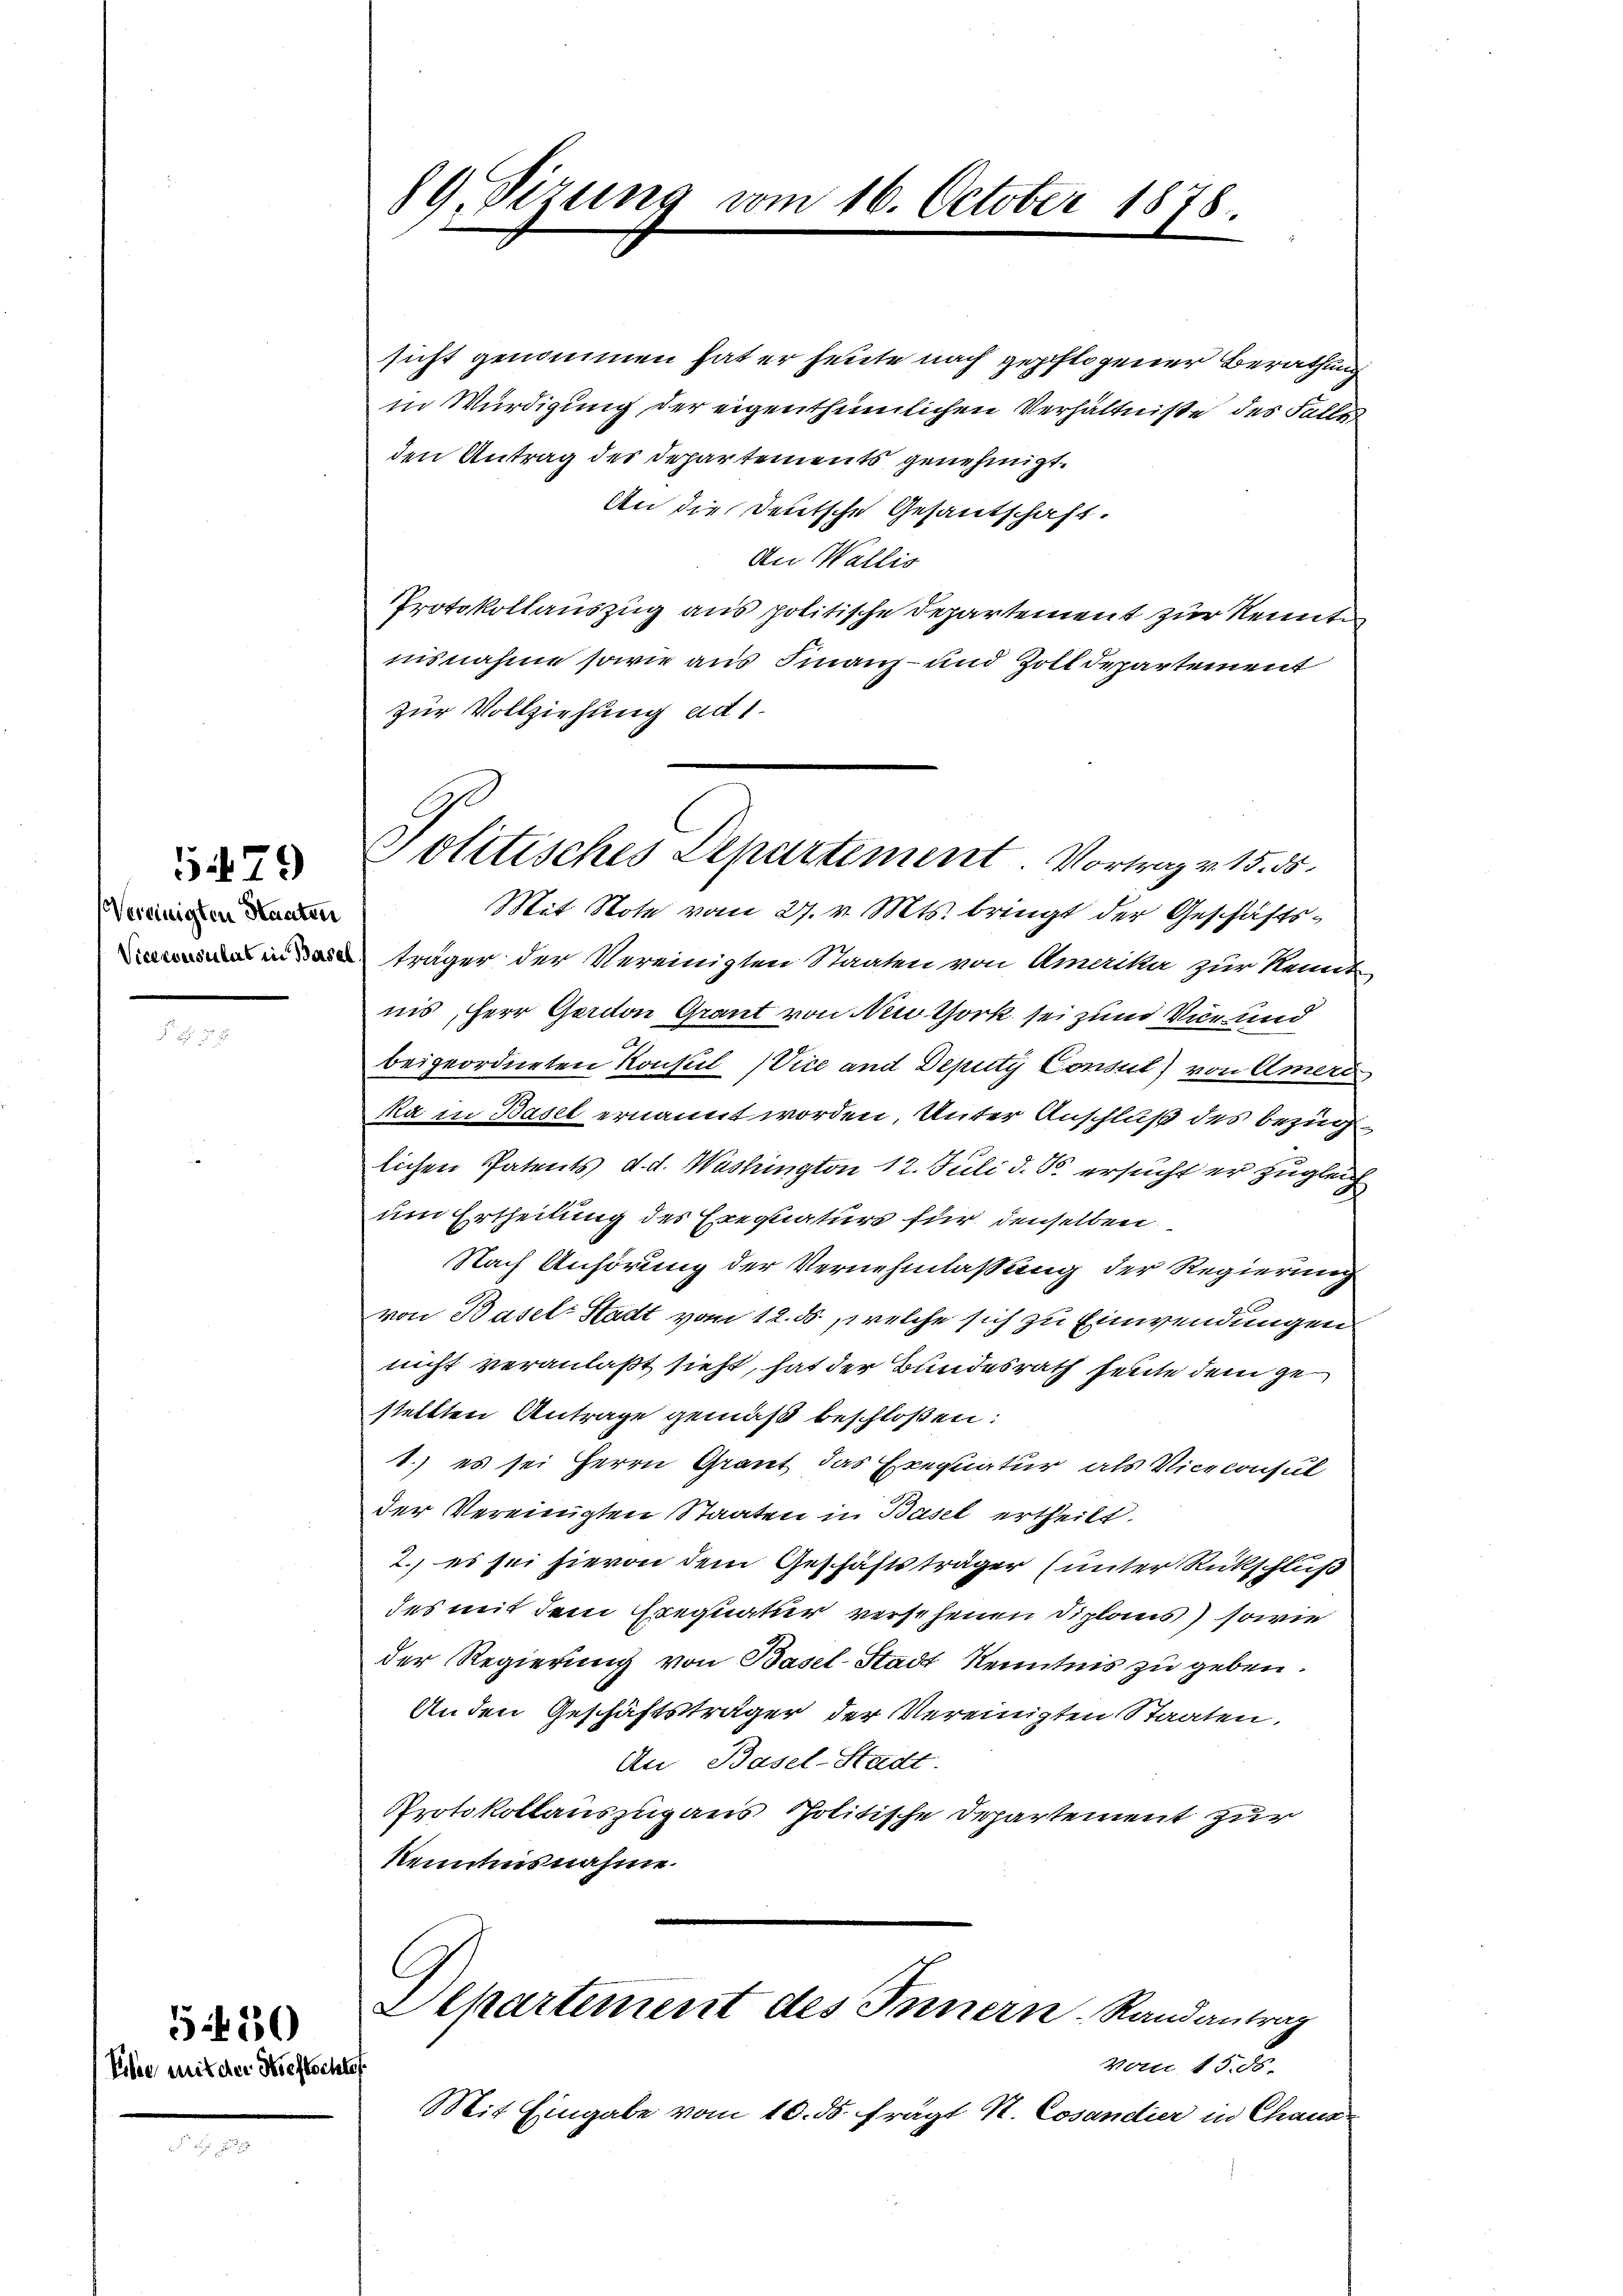
5479
Vereinigten Staaten

Eiche mit der Heftschlos

5450

89. Sizung vom 16. October 1878.

Politisches Departement. Vortrag v. 15. 55.
Mit Note vom 27. v. Mts. bringt der Geschäfts¬

sicht genommen hat er heute nach gepflogener Berathung
in Würdigung der eigenthümlichen Verhältnisse des Falle
den Antrag des Departements genehmigt.
An die Deutsche Gesantschaft.
An Wallis
Protokollauszug aus politische Departement zur Kennte
nisnahme sowie aus Finanz- und Zolldepartement
zur Vollziehung ad 1.
 träger der Vereinigten Staaten von Amaika zur Kennes-
nis, Herr Gordon Graut von New York sei zum Vice und
beigeordneten Konsul Vice und Deputy Consul) von Amers
ka in Basel ernannt worden, Unter Anschluß des Bezug
lichen Patents d. d. Washington 12. Juli d. So ersucht er zugleich
um Ertheilung des Erequaturs für denselben
Nach Anhörung der Vernehmlassung der Regierung
von Basel Stadt vom 12. ds., welche sich zu Einwendungen
nicht veranlaßt sieht, hat der Bundesrath heute dem ge
stellten Antrage gemäß beschloßen:
1.) es sei Herrn Graut das Exequatur, als Viceconsul
der Vereinigten Staaten in Basel ertheilt.
2.) es sei hievon dem Geschäftsträger (unter Rückschluß
des mit dem Erequatur versehenen Diplaus) sowie
der Regierung von Basel-Stadt Kenntnis zu geben.
An den Geschäftsträger der Vereinigten Staaten.
An Basel-Stadt.
Protokollauszug aus Politische Departement zur
Kenntnisnahme.
Aepartement des Innern. Randantrag
vom 15. ds.
Mit Eingabe vom 10. ds. fragt N. Cosandier in Chaus¬